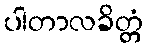
ပါတာလခိတ္တံ